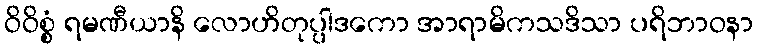
ဝိဝိစ္စံ ရမဏီယာနိ လောဟိတုပ္ပါဒကော အာရာမိကသဒိသာ ပရိဘာဝနာ